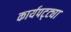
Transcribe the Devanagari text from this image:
कार्यपट्ट्या